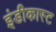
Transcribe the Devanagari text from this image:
इंडीकास्ट